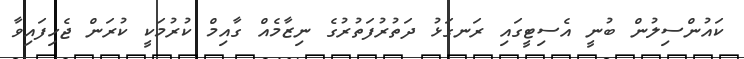
ކައުންސިލުން ބުނީ އެސިޓީގައި ރަނގަޅު ދަތުރުފަތުރުގެ ނިޒާމެއް ގާއިމް ކުރުމަކީ ކުރަން ޖެހިފައިވާ